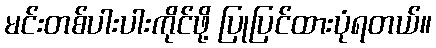
မင်းတစ်ပါးပါးကိုင်ဖို့ ပြုပြင်ထားပုံရတယ်။